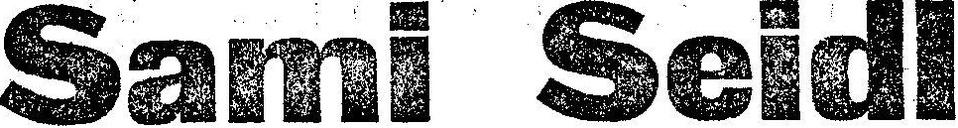
Sami Seidl